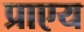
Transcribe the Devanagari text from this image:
प्राएय